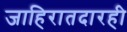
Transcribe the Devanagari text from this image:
जाहिरातदारही